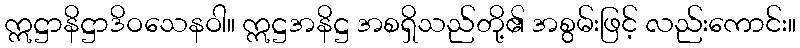
ဣဋ္ဌာနိဋ္ဌာဒိဝသေနဝါ။ ဣဋ္ဌအနိဋ္ဌ အစရှိသည်တို့၏ အစွမ်းဖြင့် လည်းကောင်း။